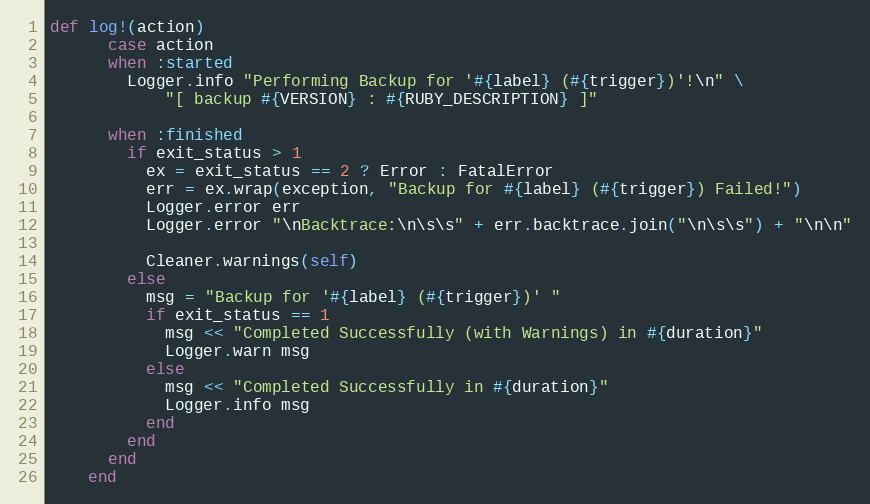
Language: Ruby
def log!(action)
      case action
      when :started
        Logger.info "Performing Backup for '#{label} (#{trigger})'!\n" \
            "[ backup #{VERSION} : #{RUBY_DESCRIPTION} ]"

      when :finished
        if exit_status > 1
          ex = exit_status == 2 ? Error : FatalError
          err = ex.wrap(exception, "Backup for #{label} (#{trigger}) Failed!")
          Logger.error err
          Logger.error "\nBacktrace:\n\s\s" + err.backtrace.join("\n\s\s") + "\n\n"

          Cleaner.warnings(self)
        else
          msg = "Backup for '#{label} (#{trigger})' "
          if exit_status == 1
            msg << "Completed Successfully (with Warnings) in #{duration}"
            Logger.warn msg
          else
            msg << "Completed Successfully in #{duration}"
            Logger.info msg
          end
        end
      end
    end